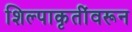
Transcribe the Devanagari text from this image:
शिल्पाकृतींवरून